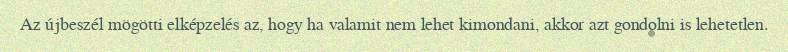
Az újbeszél mögötti elképzelés az, hogy ha valamit nem lehet kimondani, akkor azt gondolni is lehetetlen.